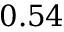
0 . 5 4